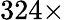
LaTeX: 324\times